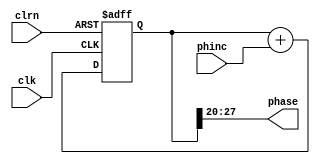
module accumulator

#(
	// Parameter Declarations
	parameter m = 28
)

(
	// Input Ports
	input clk, clrn,
	input [7:0]phinc,

	// Output Ports
	output [7:0] phase
);

	// Module Item(s)


reg [m-1:0]accum;

assign phase = accum[m-1:m-8];
	
	always @ (negedge clrn or posedge clk)
begin
	// Reset whenever the reset signal goes low, regardless of the clock
	if (!clrn)
	begin
		accum <= 0;
	end
	// If not resetting, update the register output on the clock's rising edge
	else
	begin
		accum <= accum + phinc;
	end
end

	
	
endmodule